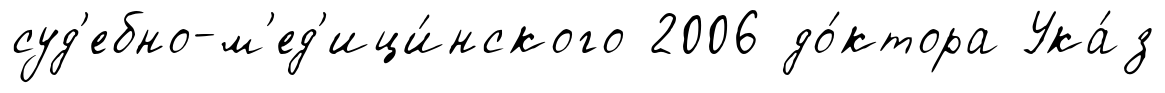
суд'ебно-м'ед'ици́нского 2006 до́ктора Ука́з